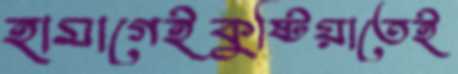
হামাগেইকুষ্টিয়াতেই